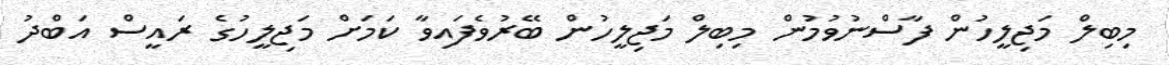
މިބިލް މަޖިލީހުން ފާސްނުވުމުން މިބިލް މަޖިލީހުން ބޭރުވެފައިވާ ކަމަށް މަޖިލީހުގެ ރައީސް އަބްދު